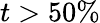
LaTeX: t>50\%